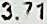
3.71